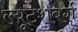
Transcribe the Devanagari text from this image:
ल्यूट्शबर्ग